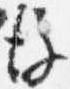
後